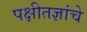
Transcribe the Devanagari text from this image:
पक्षीतज्ञांचे